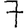
Digit: 7